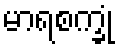
မာရစက္ခုံ